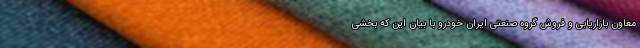
معاون بازاریابی و فروش گروه صنعتی ایران خودرو با بیان این که بخشی